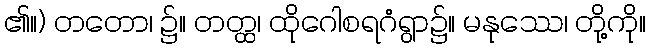
၏။) တတော၊ ၌။ တတ္ထ၊ ထိုဂေါစရဂံရွာ၌။ မနုဿေ၊ တို့ကို။